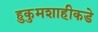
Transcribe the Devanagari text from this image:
हुकुमशाहीकडे